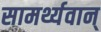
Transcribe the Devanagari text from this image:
सामर्थ्यवान्